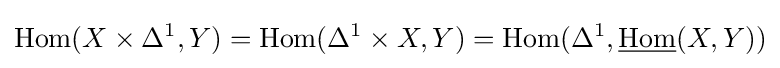
\operatorname {Hom} (X\times \Delta ^{1},Y)=\operatorname {Hom} (\Delta ^{1}\times X,Y)=\operatorname {Hom} (\Delta ^{1},{\underline {\operatorname {Hom} }}(X,Y))